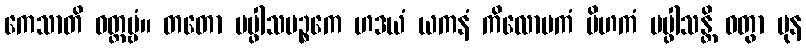
ကေသာတိ ဝတ္တဗ္ဗံ။ တတော ပပ္ဖါသပဉ္စကေ ဟဒယံ ယကနံ ကိလောမကံ ပိဟကံ ပပ္ဖါသန္တိ ဝတွာ ပုန